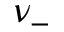
\nu _ { - }